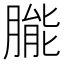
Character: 𬂌